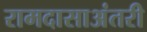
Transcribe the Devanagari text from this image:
रामदासाअंतरी